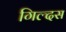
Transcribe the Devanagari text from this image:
गिल्दस